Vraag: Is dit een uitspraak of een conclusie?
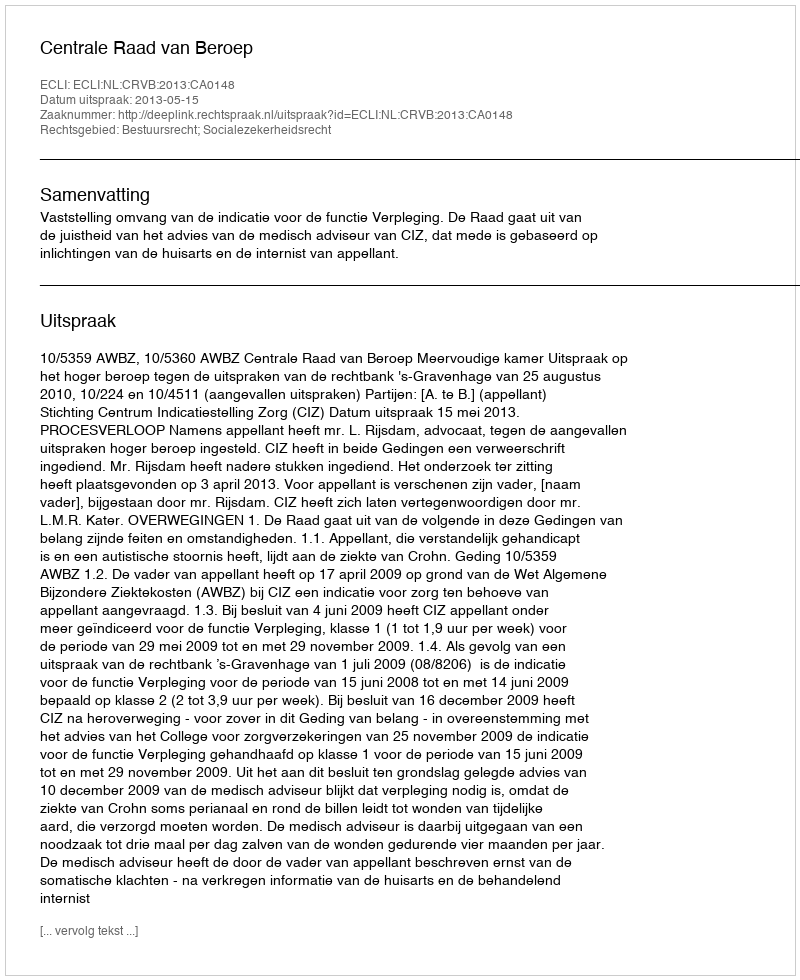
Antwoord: Uitspraak